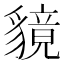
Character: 𧴈